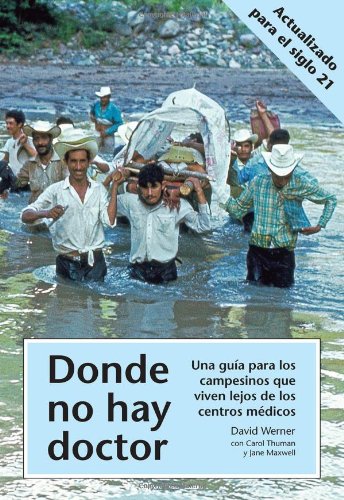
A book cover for Donde no hay doctor; David Werner; Medical Books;